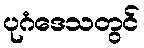
ပုဂံဒေသတွင်